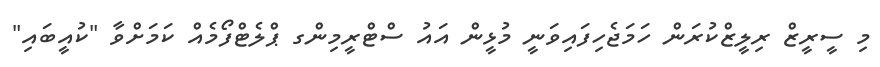
މި ސީރީޒް ރިލީޒްކުރަން ހަމަޖެހިފައިވަނީ މުޅީން އައު ސްޓްރީމިންގ ޕްލެޓްފޯމެއް ކަމަށްވާ "ކުއީބައި"